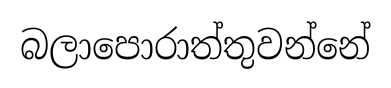
බලාපොරාත්තුවන්නේ